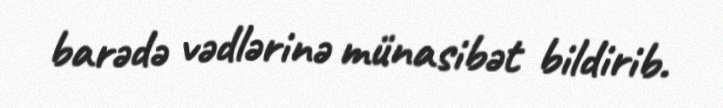
barədə vədlərinə münasibət bildirib.